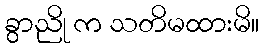
ခွာညို က သတိမထားမိ။